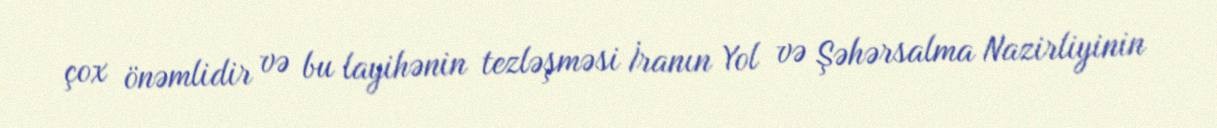
çox önəmlidir və bu layihənin tezləşməsi İranın Yol və Şəhərsalma Nazirliyinin